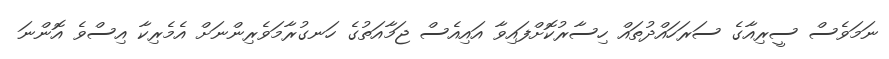
ނަމަވެސް ސީރިއާގެ ސަރަހައްދުތައް ހިސާރުކޮށްފައިވާ އައިއެސް ޖަމާއަތުގެ ހަނގުރާމަވެރިންނަށް އެމެރިކާ އިސްވެ އޮންނަ